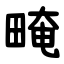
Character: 㽢